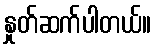
နှုတ်ဆက်ပါတယ်။